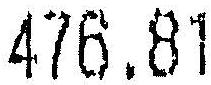
476.81